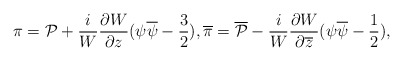
\begin{align*}\pi={\cal P}+\frac{i}{W}\frac{\partial W}{\partial z}(\psi\overline{\psi}-\frac{3}{2}) ,\overline{\pi}=\overline{{\cal P}}-\frac{i}{W}\frac{\partial W}{\partial\overline{z}}(\psi\overline{\psi}-\frac{1}{2}) ,\end{align*}